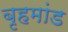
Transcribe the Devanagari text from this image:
बृहमांड